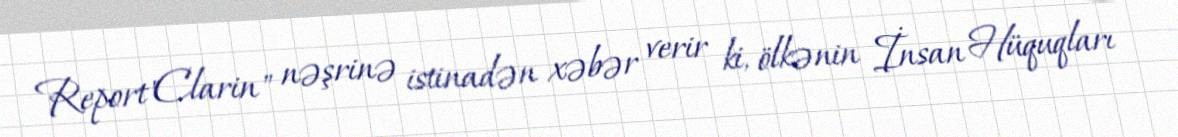
Report"Clarin" nəşrinə istinadən xəbər verir ki, ölkənin İnsan Hüquqları